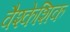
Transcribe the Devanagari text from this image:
वैश्केशिक